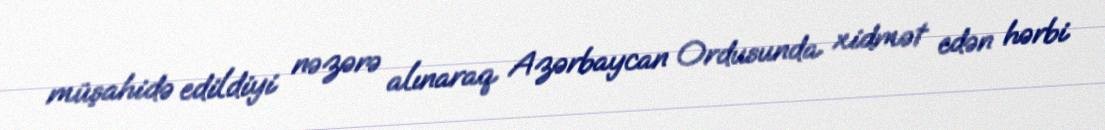
müşahidə edildiyi nəzərə alınaraq Azərbaycan Ordusunda xidmət edən hərbi